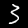
Label: 3